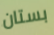
بستان